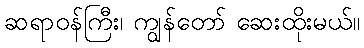
ဆရာဝန်ကြီး၊ ကျွန်တော် ဆေးထိုးမယ်။